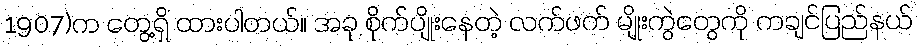
1907)က တွေ့ရှိ ထားပါတယ်။ အခု စိုက်ပျိုးနေတဲ့ လက်ဖက် မျိုးကွဲတွေကို ကချင်ပြည်နယ်